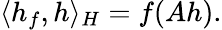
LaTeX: \langle h_{f},h\rangle_{H}=f(Ah).